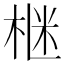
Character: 𪲛